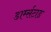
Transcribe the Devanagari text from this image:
डार्म्सटाड